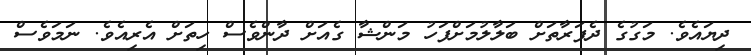
ދިޔައެވެ. މަގުގެ ދެފަރާތަށް ބަލާލުމަށްފަހު މަންޝާ ގެއަށް ދާންވެސް ހިތަށް އެރިއެވެ. ނަމަވެސް